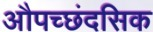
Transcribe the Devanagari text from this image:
औपच्छंदसिक